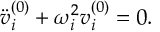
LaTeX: \ddot { v } _ { i } ^ { ( 0 ) } + \omega _ { i } ^ { 2 } v _ { i } ^ { ( 0 ) } = 0 .